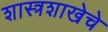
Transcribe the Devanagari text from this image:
शास्त्रशाखेचे